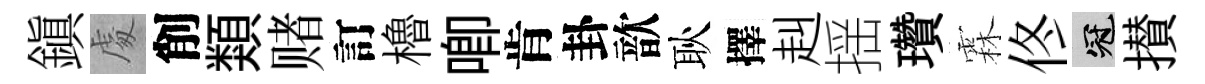
鎭䖏削類赌訂櫓唧肯卦歆耿擇赳揺瓚霖佟冠攅